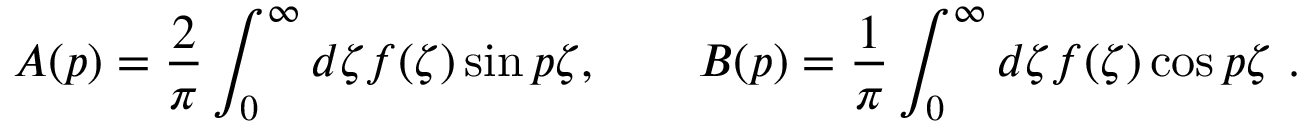
A ( p ) = \frac 2 \pi \int _ { 0 } ^ { \infty } d \zeta f ( \zeta ) \sin p \zeta , \qquad B ( p ) = \frac 1 \pi \int _ { 0 } ^ { \infty } d \zeta f ( \zeta ) \cos p \zeta \ .